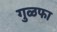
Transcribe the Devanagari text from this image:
गुळफा